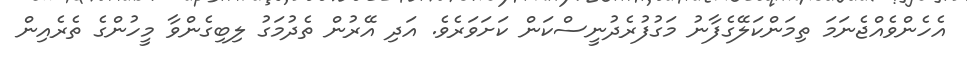
އެހެންވެއްޖެނަމަ ތިމަންކަލޭގެފާނު މަގުފުރެދުނީސްކަން ކަށަވަރެވެ. އަދި އޭރުން ތެދުމަގު ލިބިގެންވާ މީހުންގެ ތެރެއިން